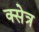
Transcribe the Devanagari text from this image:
क्सेत्र